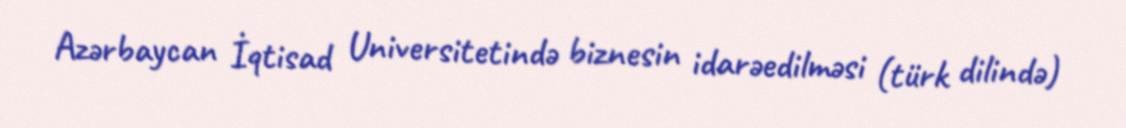
Azərbaycan İqtisad Universitetində biznesin idarəedilməsi (türk dilində)